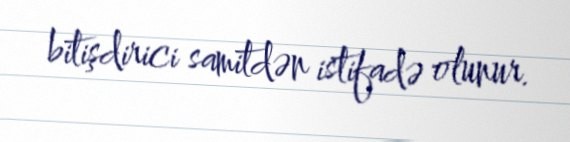
bitişdirici samitdən istifadə olunur.